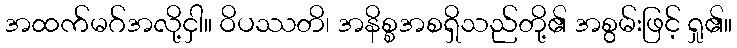
အထက်မဂ်အလို့ငှါ။ ဝိပဿတိ၊ အနိစ္စအစရှိသည်တို့၏ အစွမ်းဖြင့် ရှု၏။